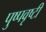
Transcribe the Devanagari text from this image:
पुष्पवृष्टी